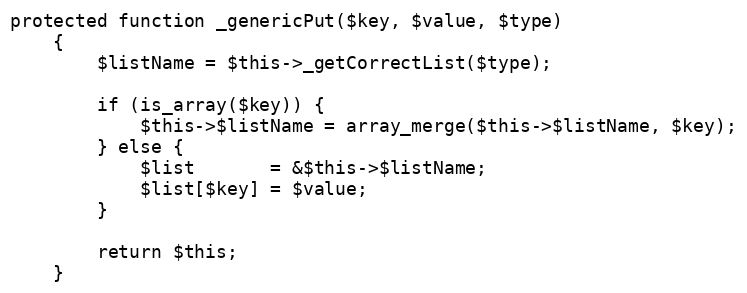
Language: PHP
protected function _genericPut($key, $value, $type)
    {
        $listName = $this->_getCorrectList($type);

        if (is_array($key)) {
            $this->$listName = array_merge($this->$listName, $key);
        } else {
            $list       = &$this->$listName;
            $list[$key] = $value;
        }

        return $this;
    }